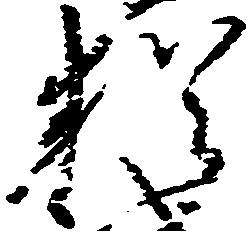
猶